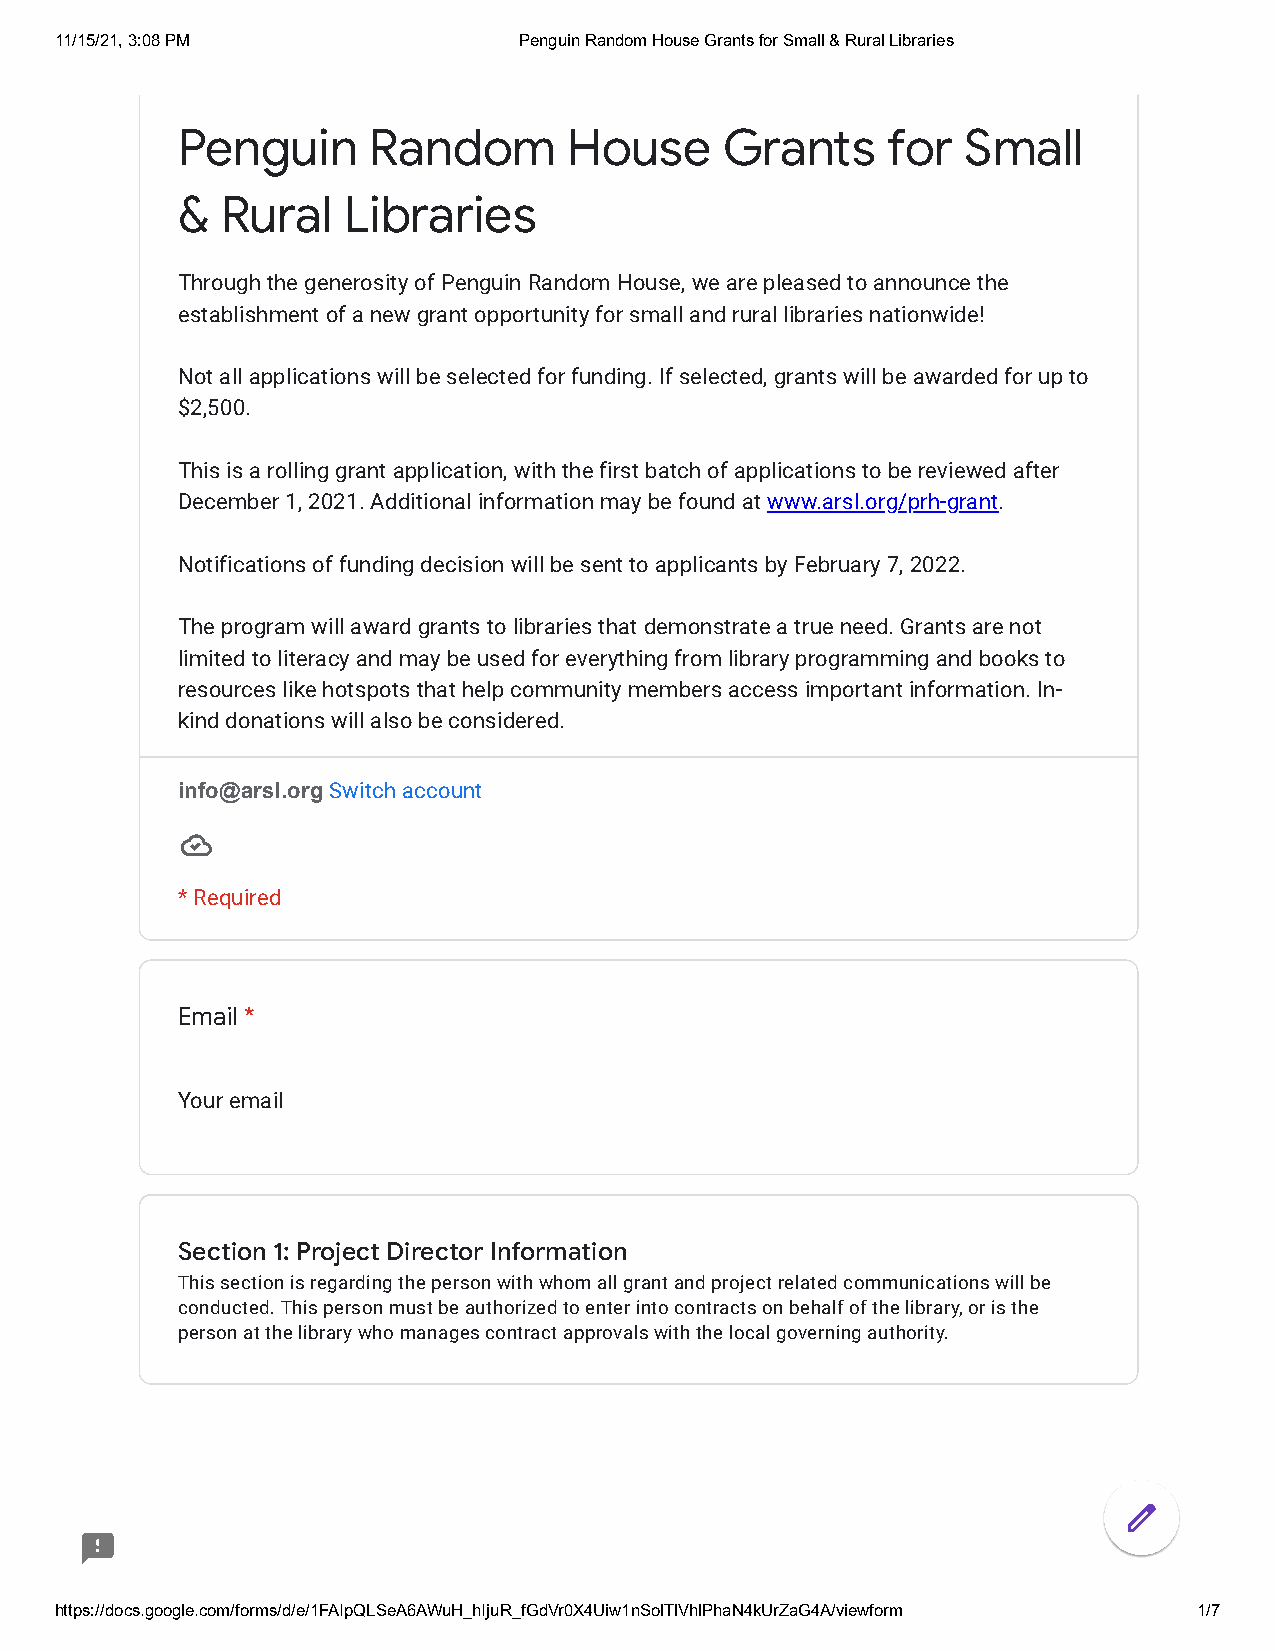
11/15/21, 3:08 PM             Penguin Random House Grants for Small & Rural Libraries
 Penguin     Random        House     Grants     for  Small
 &  Rural   Libraries
 Through the generosity of Penguin Random House, we are pleased to announce the
 establishment of a new grant opportunity for small and rural libraries nationwide!
 Not all applications will be selected for funding. If selected, grants will be awarded for up to
 $2,500.
 This is a rolling grant application, with the first batch of applications to be reviewed after
 December 1, 2021. Additional information may be found at www.arsl.org/prh-grant.
 Notifications of funding decision will be sent to applicants by February 7, 2022.
 The program will award grants to libraries that demonstrate a true need. Grants are not
 limited to literacy and may be used for everything from library programming and books to
 resources like hotspots that help community members access important information. In-
 kind donations will also be considered.
 info@arsl.org Switch account
 * Required
 Email *
 Your email
 Section 1: Project Director Information
 This section is regarding the person with whom all grant and project related communications will be
 conducted. This person must be authorized to enter into contracts on behalf of the library, or is the
 person at the library who manages contract approvals with the local governing authority.
 https://docs.google.com/forms/d/e/1FAIpQLSeA6AWuH_hIjuR_fGdVr0X4Uiw1nSolTlVhlPhaN4kUrZaG4A/viewform 1/7